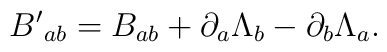
{B'}_{ab}=B_{ab}+\partial_{a}\Lambda_{b}-\partial_{b}\Lambda_{a}.